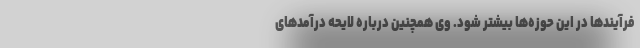
فرآیندها در این حوزه‌ها بیشتر شود. وی همچنین درباره لایحه درآمدهای